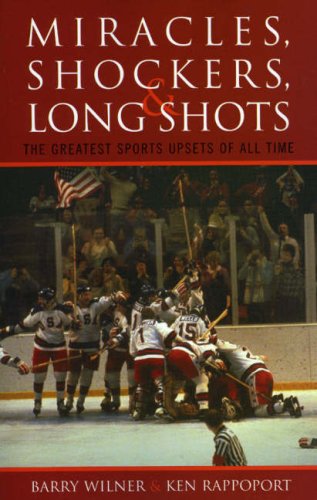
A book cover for Miracles, Shockers, and Long Shots: The Greatest Sports Upsets of All Time; Barry  Wilner; Sports & Outdoors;